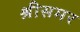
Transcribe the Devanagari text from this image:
श्रीसमर